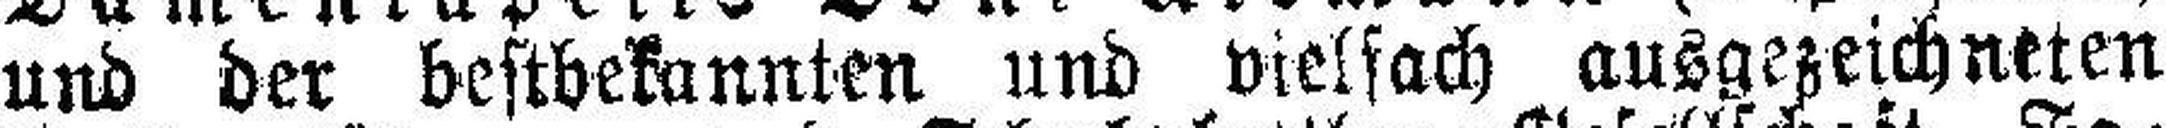
und der bestbekannten und vielfach ausgezeichneten